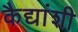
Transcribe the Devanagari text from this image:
कैद्यांशी